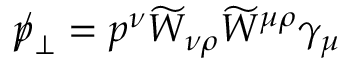
p \llap / _ { \bot } = p ^ { \nu } \widetilde { W } _ { \nu \rho } \widetilde { W } ^ { \mu \rho } \gamma _ { \mu }